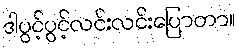
ဒါပွင့်ပွင့်လင်းလင်းပြောတာ။